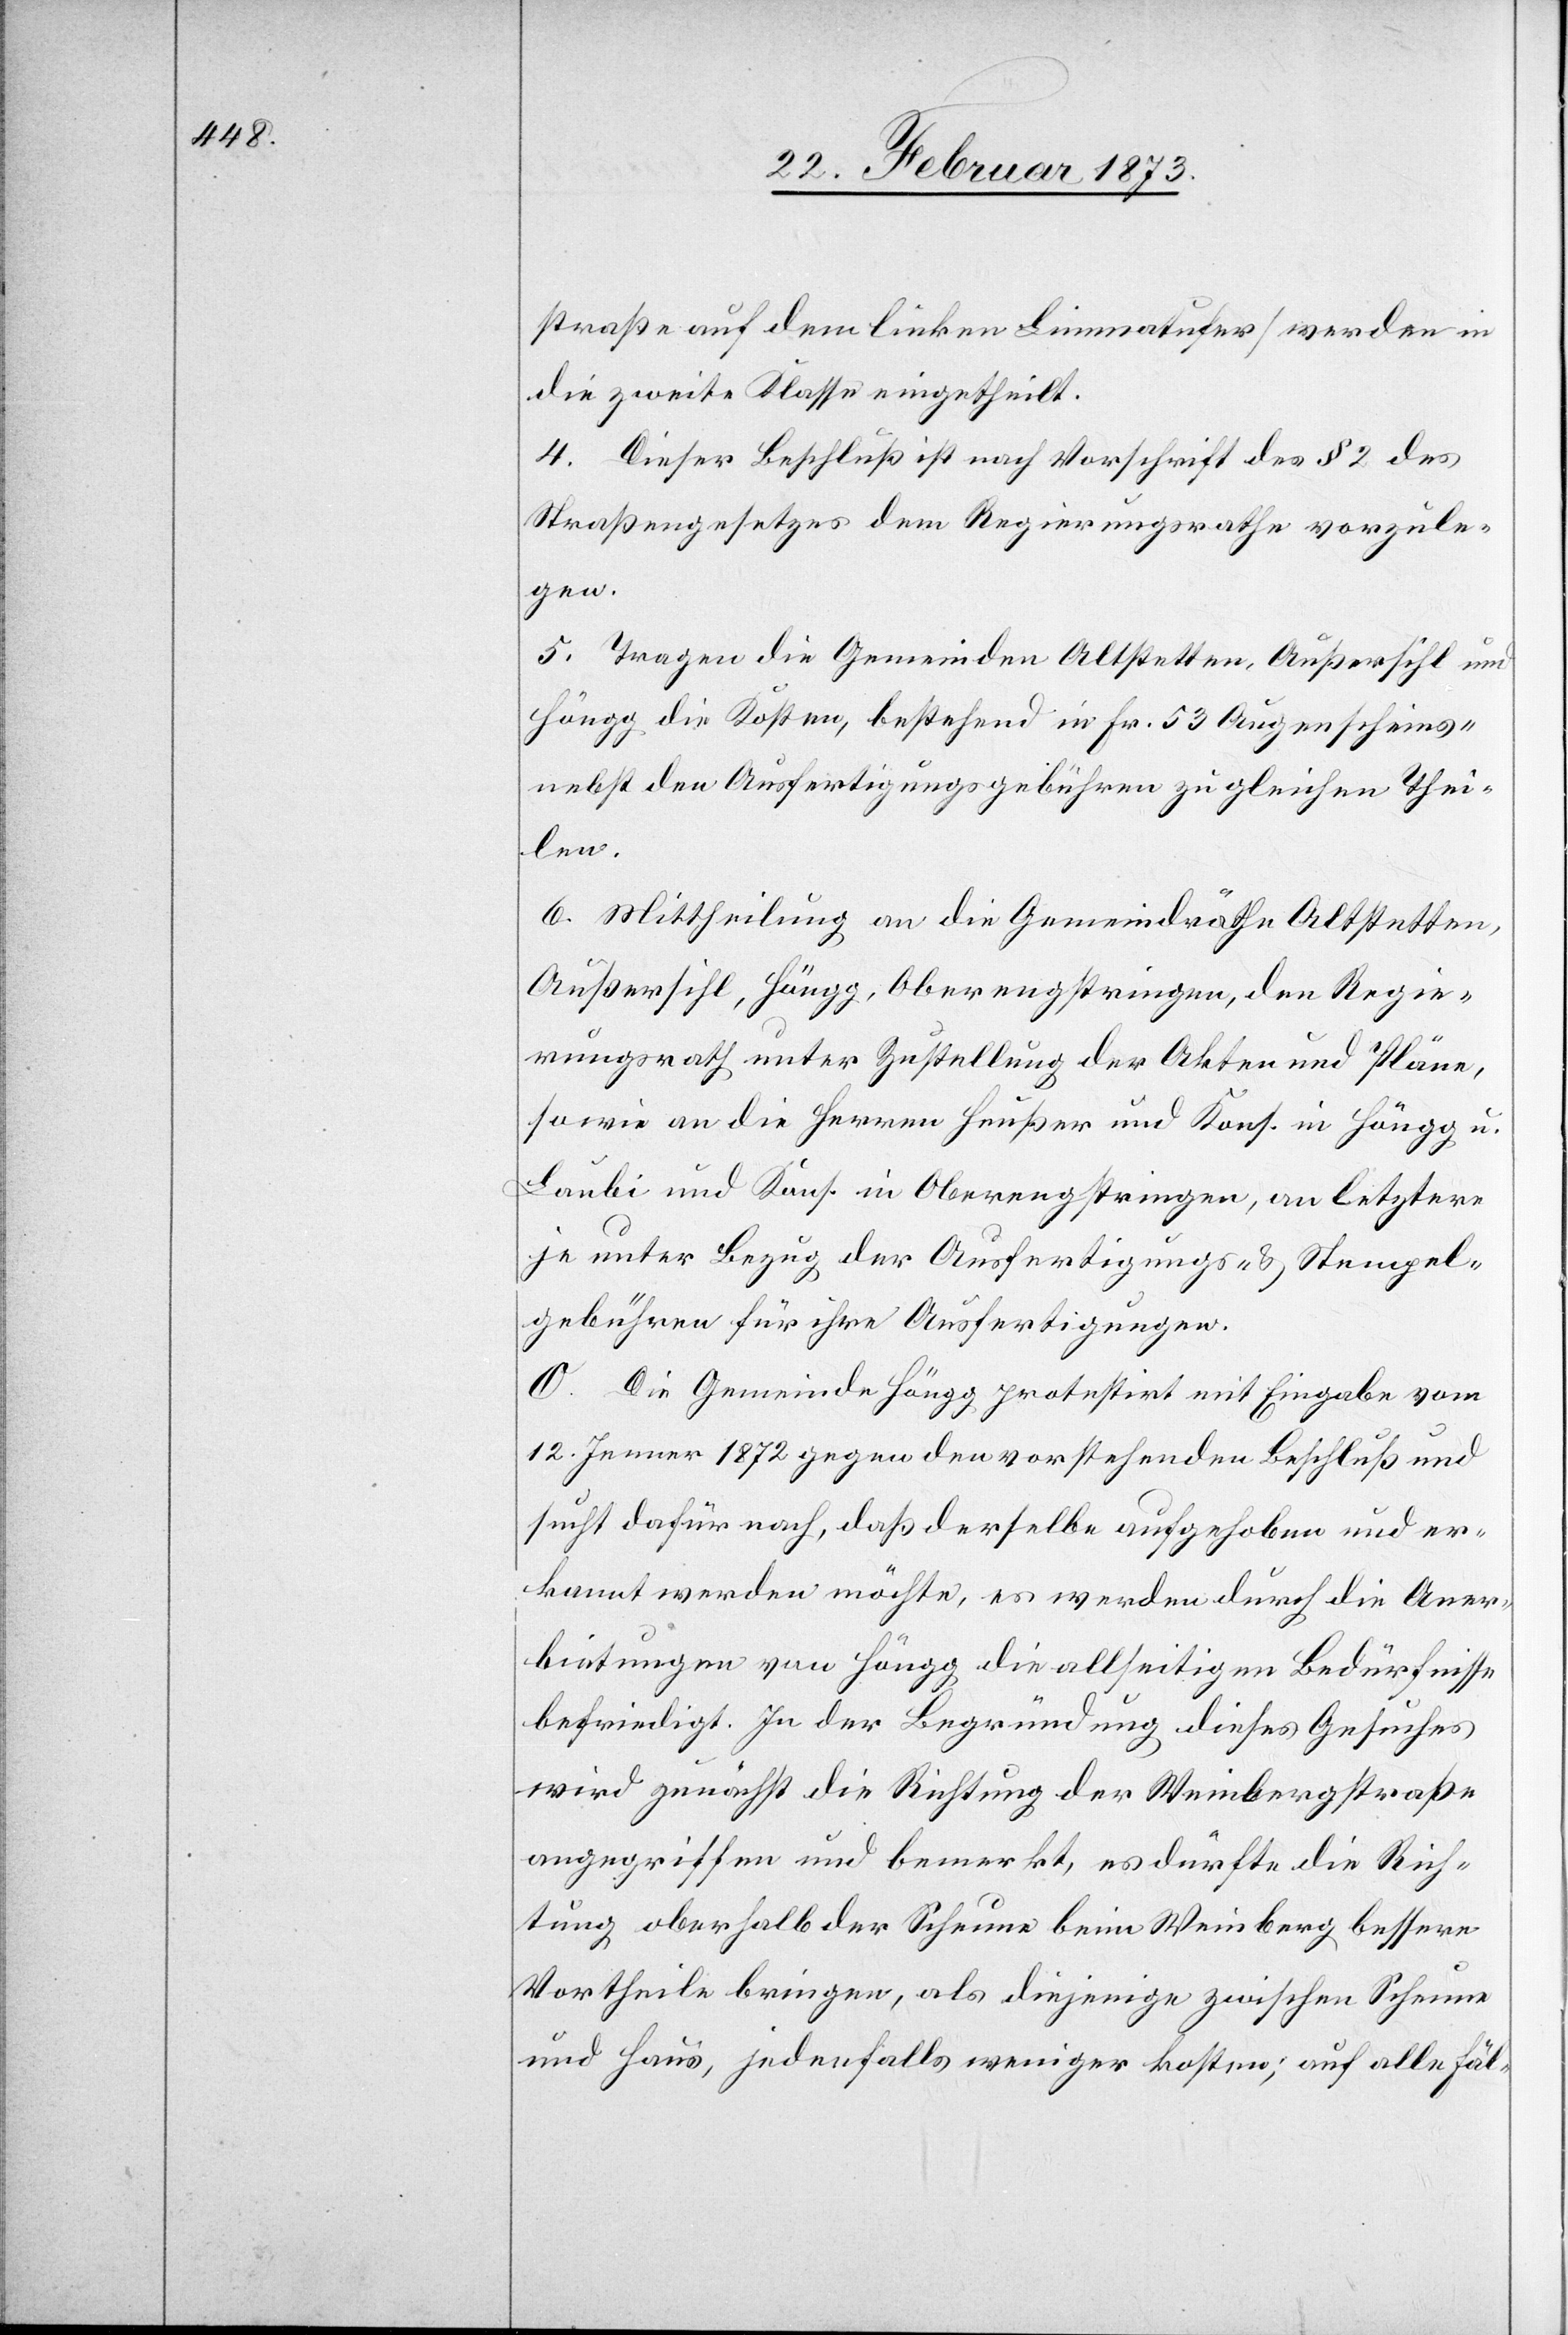
straße auf dem linken Limmatufer] werden in
die zweite Klasse eingetheilt.
4. Dieser Beschluß ist nach Vorschrift des § 2 des
Straßengesetzes dem Regierungsrathe vorzule¬
gen.
5. Tragen die Gemeinden Altstetten, Außersihl und
Höngg die Kosten, bestehend in Fr. 53 Augenscheins-
nebst den Ausfertigungsgebühren zu gleichen Thei¬
len.
6. Mittheilung an die Gemeindräthe Altstetten,
Außersihl, Höngg, Oberengstringen, den Regie¬
rungsrath unter Zustellung der Akten und Pläne,
sowie an die Herren Heußer und Kons. in Höngg u.
Laubi und Kons. in Oberengstringen, an letztere
je unter Bezug der Ausfertigungs- u. Stempel¬
gebühren für ihre Ausfertigungen.
O. Die Gemeinde Höngg protestirt mit Eingabe vom
12. Jenner 1872 gegen den vorstehenden Beschluß und
sucht dafür nach, daß derselbe aufgehoben und er¬
kannt werden möchte, es werden durch die Aner¬
bietungen von Höngg die allseitigen Bedürfnisse
befriedigt. In der Begründung dieses Gesuches
wird zunächst die Richtung der Weinbergstraße
angegriffen und bemerkt, es dürfte die Rich¬
tung oberhalb der Scheune beim Weinberg bessere
Vortheile bringen, als diejenige zwischen Scheune
und Haus, jedenfalls weniger kosten; auf alle Fäl-